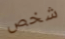
شخص